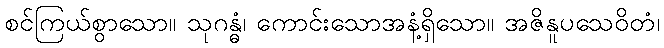
စင်ကြယ်စွာသော။ သုဂန္ဓံ၊ ကောင်းသောအနံ့ရှိသော။ အဇိနူပသေဝိတံ၊